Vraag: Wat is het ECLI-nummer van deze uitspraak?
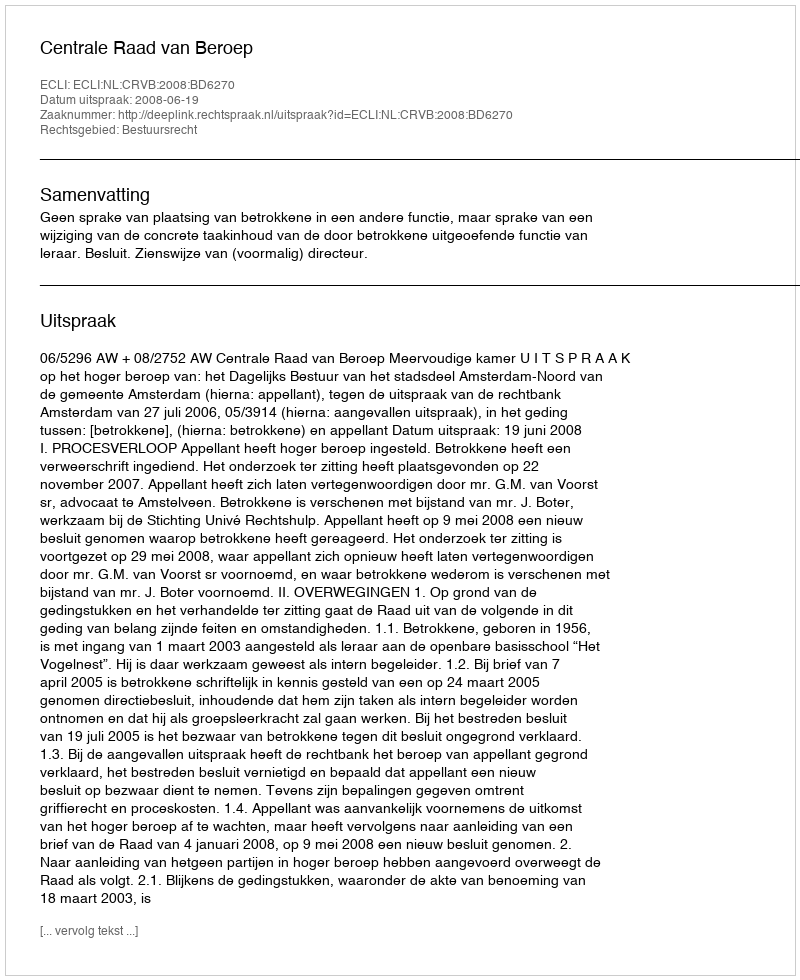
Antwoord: ECLI:NL:CRVB:2008:BD6270